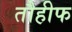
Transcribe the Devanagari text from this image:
तौहीफ